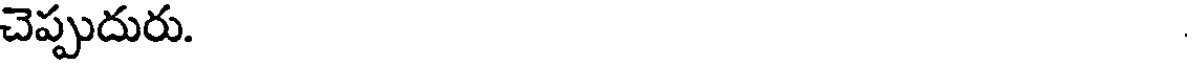
చెప్పుదురు.